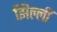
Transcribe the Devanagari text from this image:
झिल्लीं